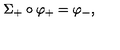
\Sigma _ { + } \circ \varphi _ { + } = \varphi _ { - } ,